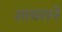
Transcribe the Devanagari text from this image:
शायराने